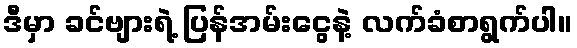
ဒီမှာ ခင်ဗျားရဲ့ ပြန်အမ်းငွေနဲ့ လက်ခံစာရွက်ပါ။